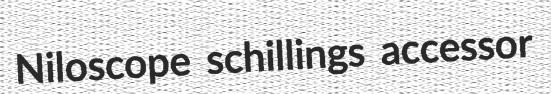
Niloscope schillings accessor